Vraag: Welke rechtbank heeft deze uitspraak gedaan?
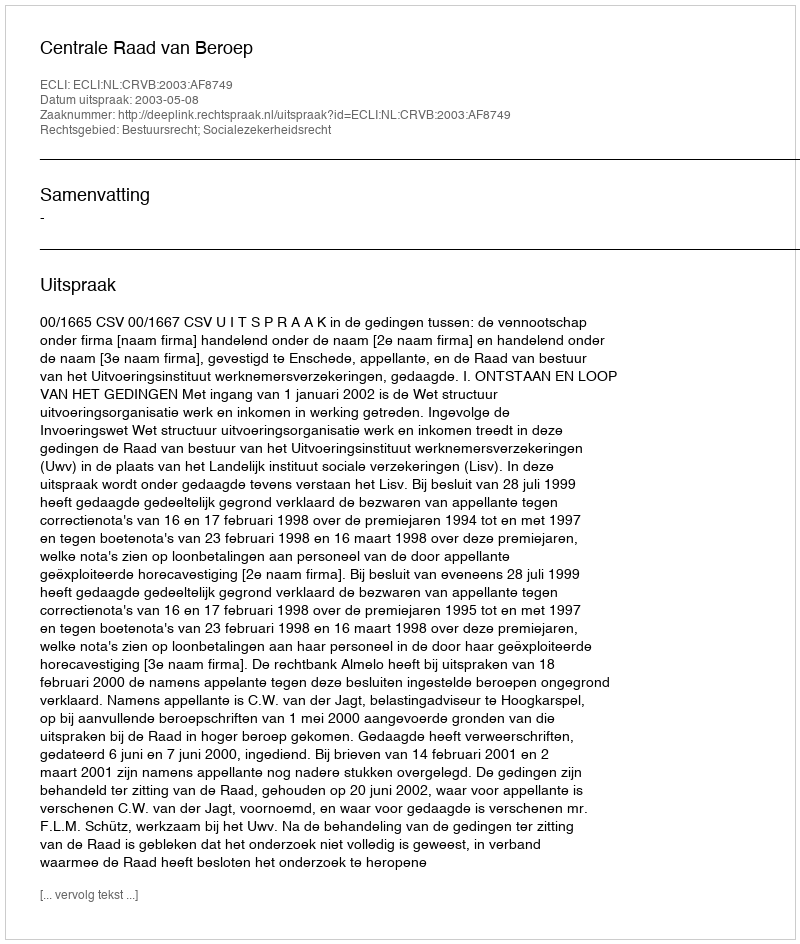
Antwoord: Centrale Raad van Beroep